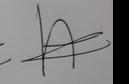
Signature authenticity: genuine